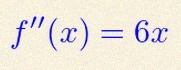
f''(x)=6x